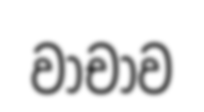
වාචාව